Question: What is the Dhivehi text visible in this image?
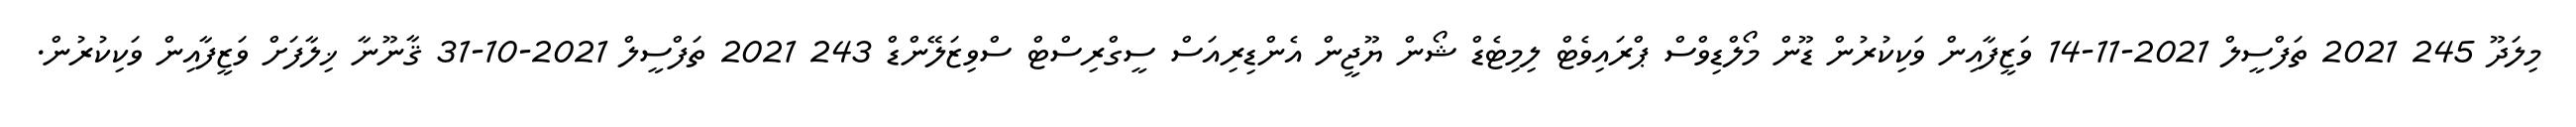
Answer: މިލަދޫ 245 2021 ތަފްސީލް 2021-11-14 ވަޒީފާއިން ވަކިކުރުން ޑޫން މޯލްޑިވްސް ޕްރައިވެޓް ލިމިޓެޑް ޝޯން ޔޫޖީން އެންޑިރިއަސް ސީގްރިސްޓް ސްވިޒަލޭންޑް 243 2021 ތަފްސީލް 2021-10-31 ޤާނޫނާ ޚިލާފަށް ވަޒީފާއިން ވަކިކުރުން.